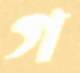
গ